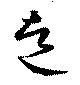
走